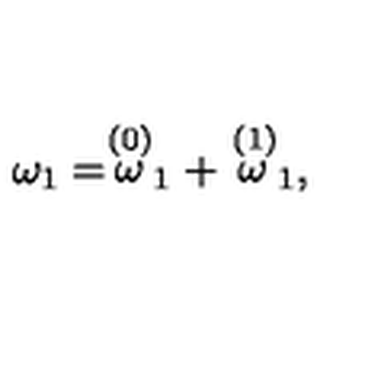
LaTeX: \omega _ { 1 } = \stackrel { \left( 0 \right) } { \omega } _ { 1 } + \stackrel { \left( 1 \right) } { \omega } _ { 1 } ,